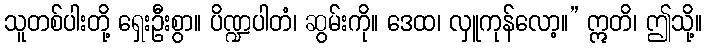
သူတစ်ပါးတို့ ရှေးဦးစွာ။ ပိဏ္ဍပါတံ၊ ဆွမ်းကို။ ဒေထ၊ လှူကုန်လော့။” ဣတိ၊ ဤသို့။